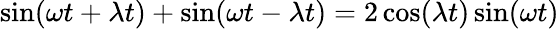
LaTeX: \sin(\omega t+\lambda t)+\sin(\omega t-\lambda t)=2\cos(\lambda t)\sin(\omega t)